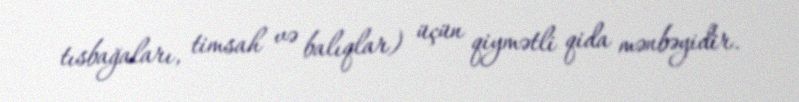
tısbağaları, timsah və balıqlar) üçün qiymətli qida mənbəyidir.